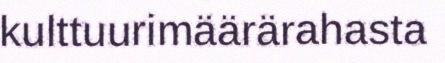
kulttuurimäärärahasta